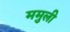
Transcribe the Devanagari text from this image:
ममुली